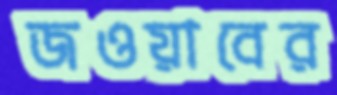
জওয়াবের